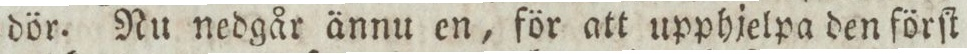
dör. Nu nedgår ännu en, för att upphjelpa den förſt